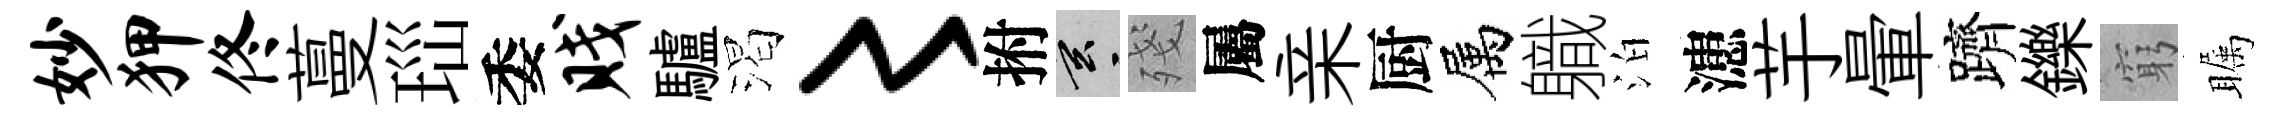
妙狎佟蔓𤤼委贱驢渴〻拊玄殘屬亲厨属軄泊漶芋暈躋鑠窮瞩